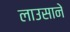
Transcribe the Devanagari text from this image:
लाउसाने